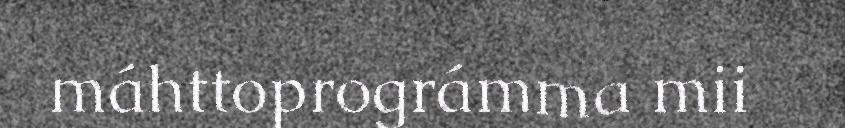
máhttoprográmma mii